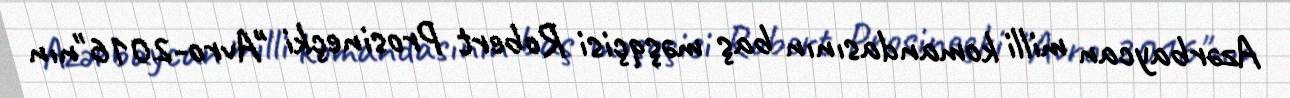
Azərbaycan milli komandasının baş məşqçisi Robert Prosineçki "Avro-2016"nın